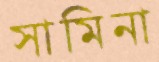
সামিনা